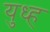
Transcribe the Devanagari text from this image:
युध्ह